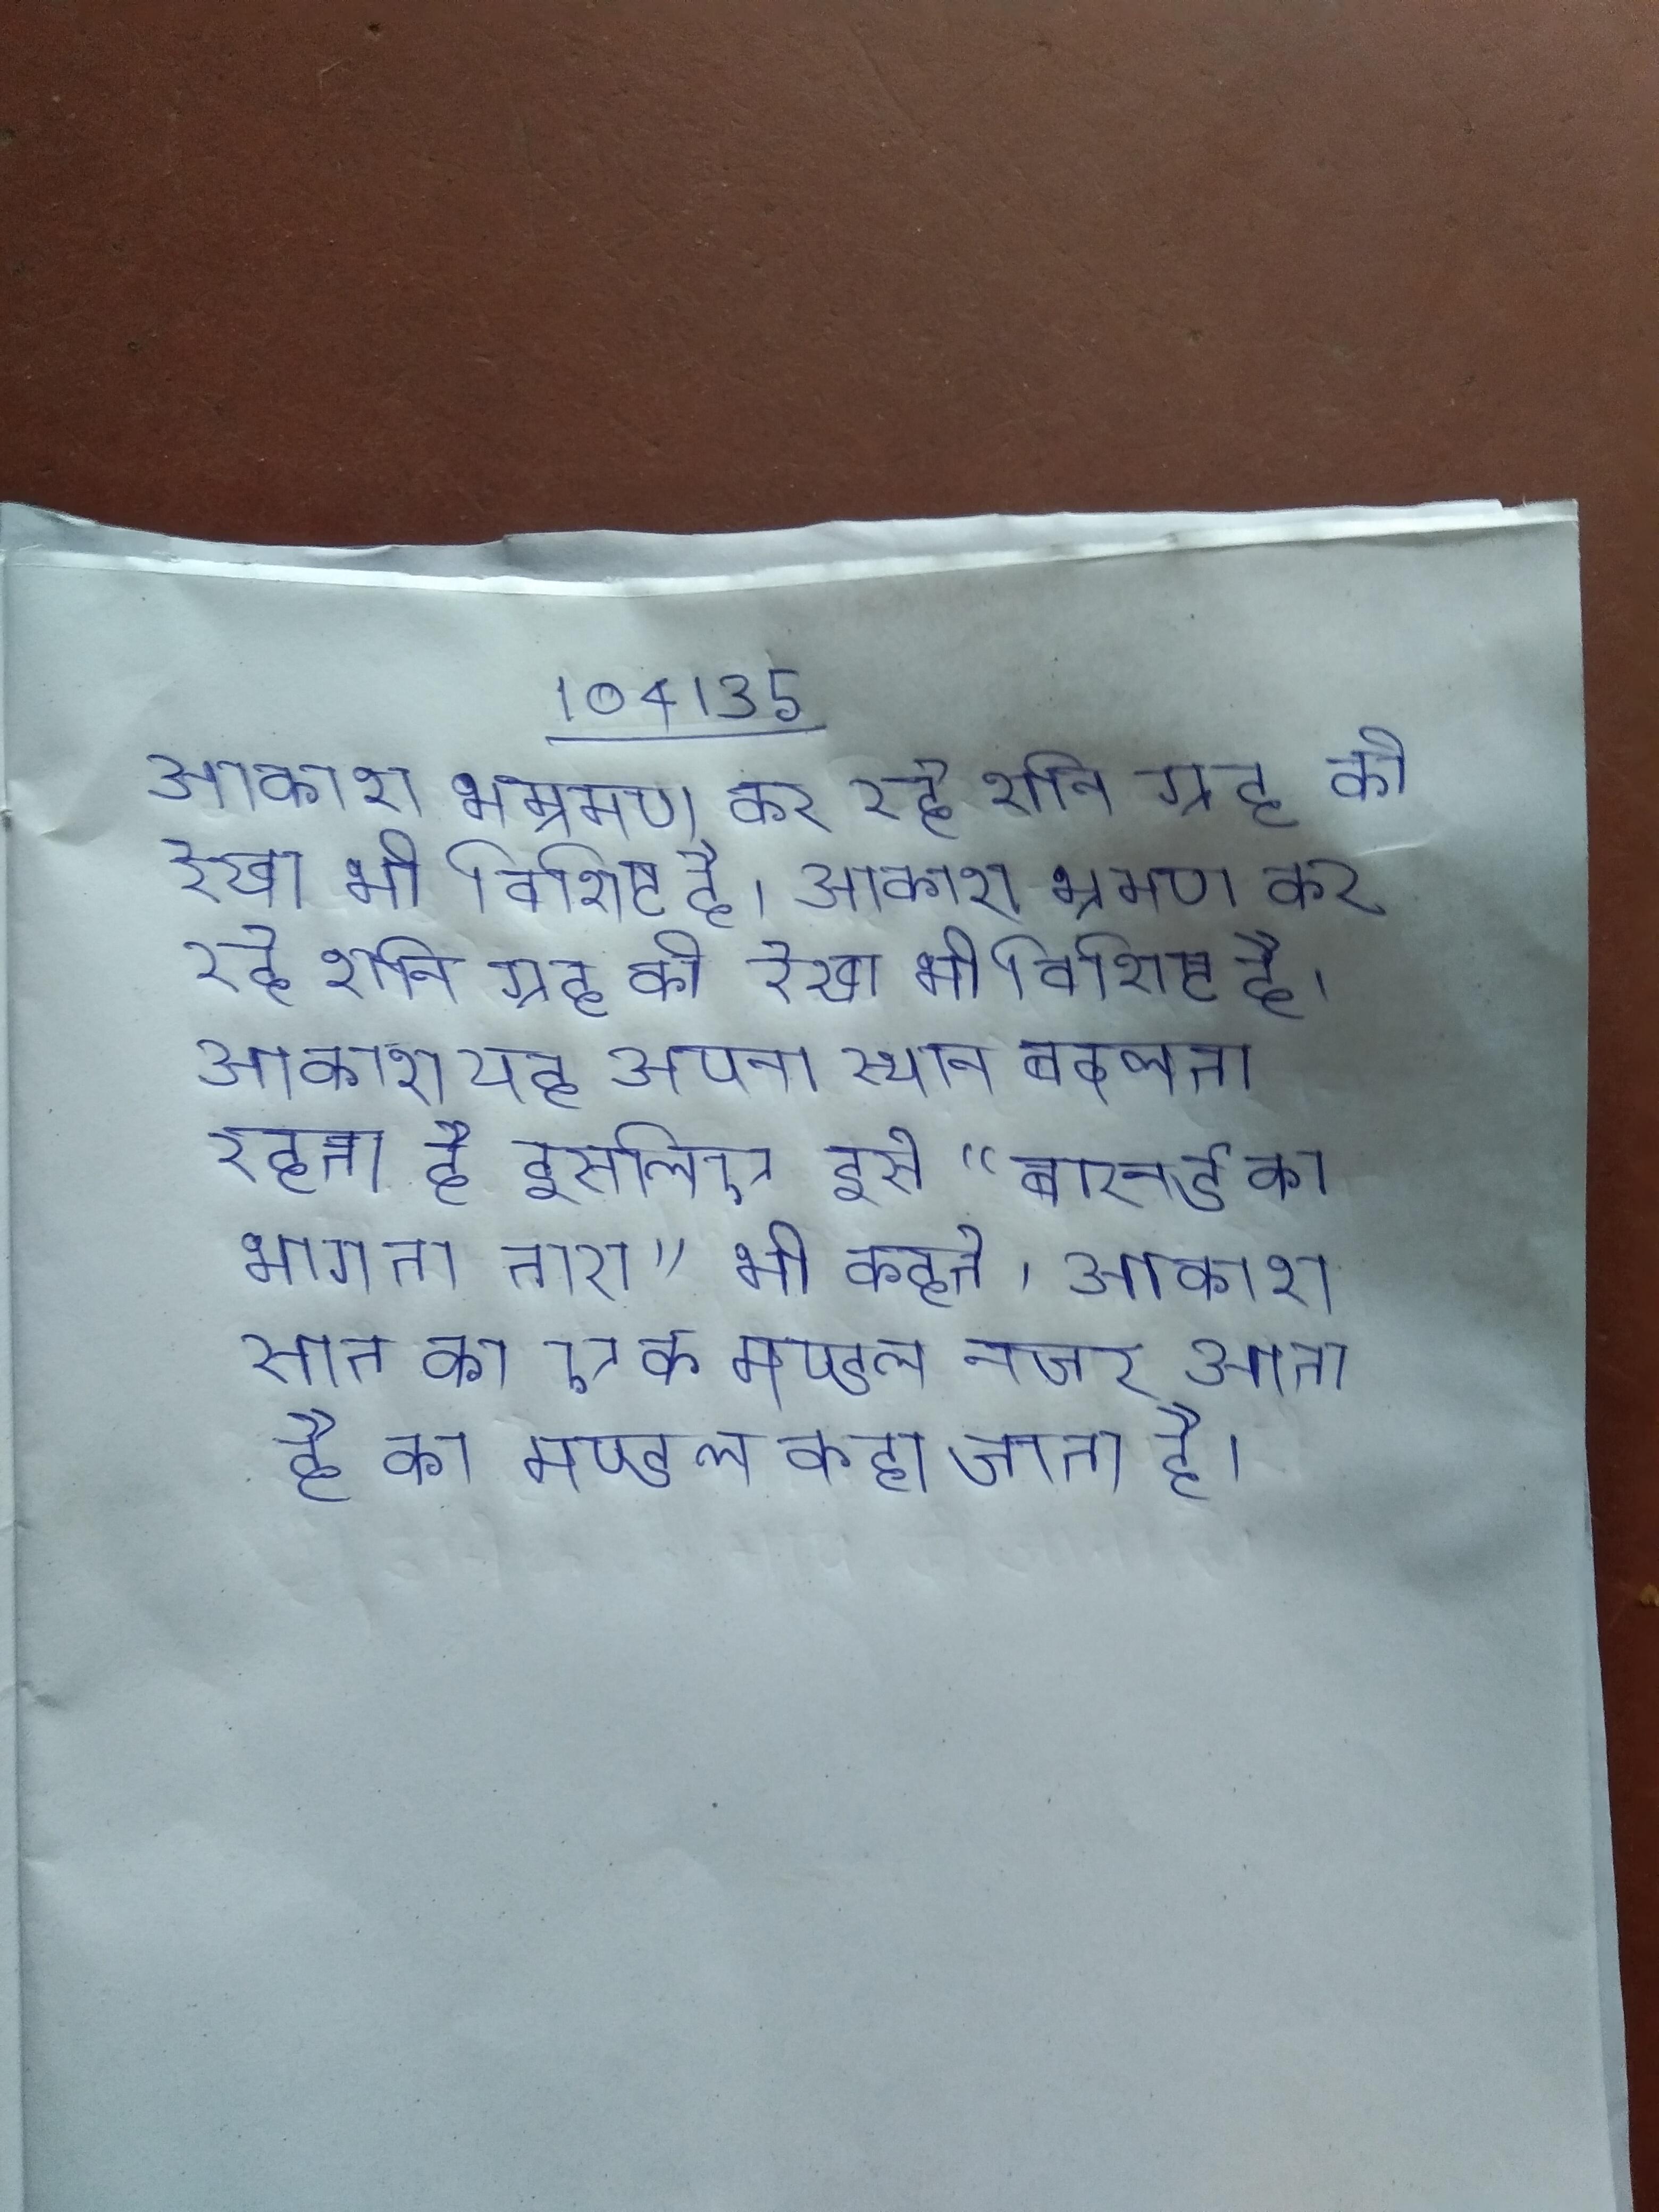
आकाश भम्रमण कर रहे शनि ग्रह की रेखा भी विशिष्ट है । आकाश भ्रमण कर रहे शनि ग्रह की रेखा भी विशिष्ट है । आकाश यह अपना स्थान बदलता रहता है इसलिए इसे "बारनर्ड का भागता तारा" भी कहते । आकाश सात का एक मण्डल नजर आता है का मण्डल कहा जाता है ।